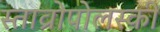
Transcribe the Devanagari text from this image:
स्ताव्रोपोलस्की